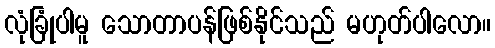
လုံခြုံပါမူ သောတာပန်ဖြစ်နိုင်သည် မဟုတ်ပါလော။